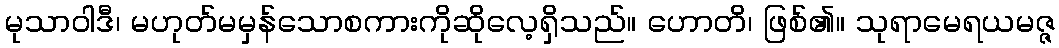
မုသာဝါဒီ၊ မဟုတ်မမှန်သောစကားကိုဆိုလေ့ရှိသည်။ ဟောတိ၊ ဖြစ်၏။ သုရာမေရယမဇ္ဇ